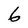
Character: 6